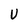
Character: U